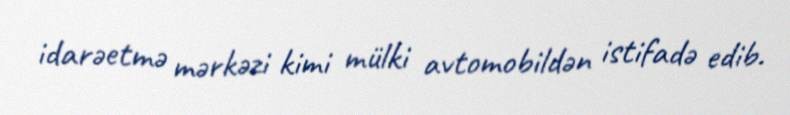
idarəetmə mərkəzi kimi mülki avtomobildən istifadə edib.